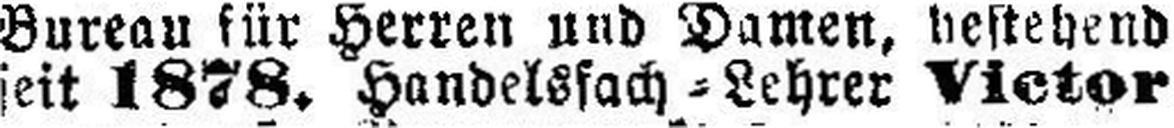
seit 1878. Handelsfach=Lehrer Victor